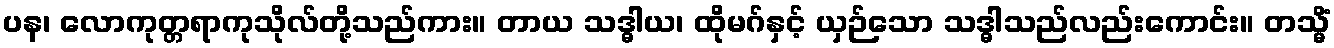
ပန၊ လောကုတ္တရာကုသိုလ်တို့သည်ကား။ တာယ သဒ္ဓါယ၊ ထိုမဂ်နှင့် ယှဉ်သော သဒ္ဓါသည်လည်းကောင်း။ တသ္မိံ